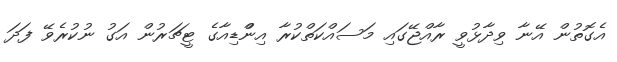
އެގޮތުން އޭނާ ވިދާޅުވީ ރާއްޖޭގައި މަސައްކަތްކުރާ އިންްޑިއާގެ ޓީޗަރުން އަގު ނުކުރެވޭ ފަދަ